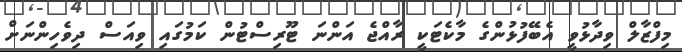
މިފްޒާލް ވިދާޅުވީ އެބޭފުޅުންގެ މާކެޓަކީ ރާއްޖެ އަންނަ ޓޫރިސްޓުން ކަމުގައި ވިއަސް ދިވެހިންނަށް